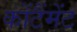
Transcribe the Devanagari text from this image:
कोंटैंमेंट